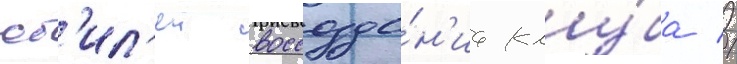
юб'ил'еи воссозда́н'иа клу́ба //